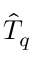
\hat { T } _ { q }